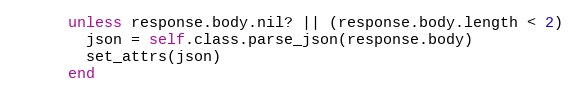
Language: Ruby
      unless response.body.nil? || (response.body.length < 2)
        json = self.class.parse_json(response.body)
        set_attrs(json)
      end